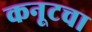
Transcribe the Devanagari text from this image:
कनूटचा